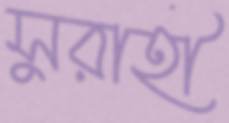
সুরাহী